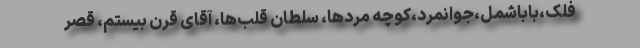
فلک،باباشمل،جوانمرد،کوچه مردها، سلطان قلب‌ها، آقای قرن بیستم، قصر